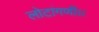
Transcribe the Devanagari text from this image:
लोटांगणी।।